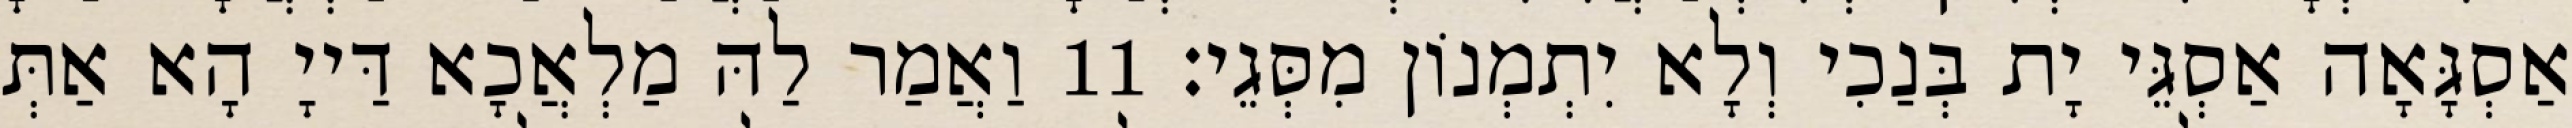
אַסְגָּאָה אַסְגֵּי יָת בְּנַכִי וְלָא יִתְמְנוֹן מִסְּגֵי׃ 11 וַאֲמַר לַהּ מַלְאֲכָא דַּייָ הָא אַתְּ